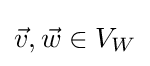
{\vec {v}},{\vec {w}}\in V_{W}